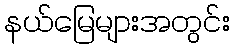
နယ်မြေများအတွင်း